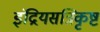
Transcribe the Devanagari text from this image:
इंद्रियसन्निकृष्ट